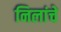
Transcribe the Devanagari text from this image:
निलांचे